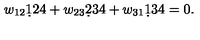
w _ { 1 2 } \d 1 2 4 + w _ { 2 3 } \d 2 3 4 + w _ { 3 1 } \d 1 3 4 = 0 .